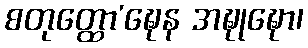
စတုတ္ထော’ဍ္ဎေန အဍ္ဎုဍ္ဎော၊